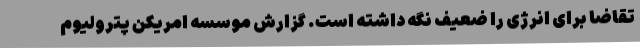
تقاضا برای انرژی را ضعیف نگه داشته است. گزارش موسسه امریکن پترولیوم